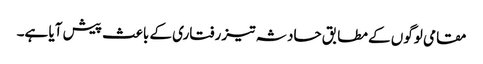
مقامی لوگوں کے مطابق حادثہ تیز رفتاری کے باعث پیش آیا ہے۔